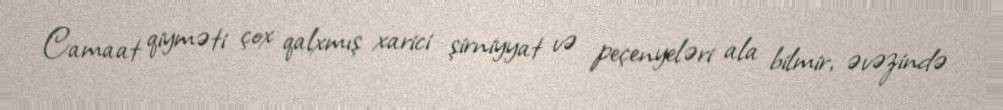
Camaat qiyməti çox qalxmış xarici şirniyyat və peçenyeləri ala bilmir, əvəzində